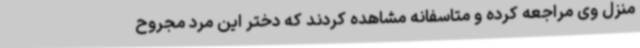
منزل وی مراجعه کرده و متاسفانه مشاهده کردند که دختر این مرد مجروح